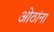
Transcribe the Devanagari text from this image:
ओठांना